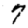
Digit: 7